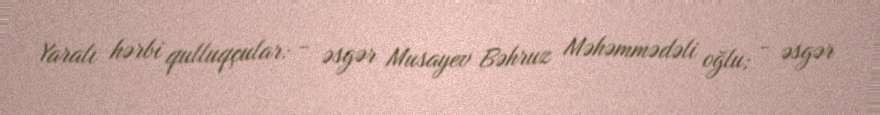
Yaralı hərbi qulluqçular: - əsgər Musayev Bəhruz Məhəmmədəli oğlu; - əsgər